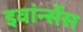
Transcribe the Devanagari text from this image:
इवांन्सेंस